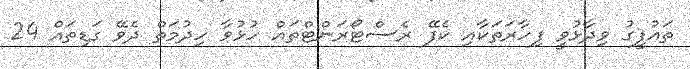
ތައުފީގު ވިދާޅުވީ ފިހާރަތަކާއި ކެފޭ ރެސްޓޯރަންޓްތައް ހުޅުވާ ހިދުމަތް ދެވޭ ގަޑިތައް 24